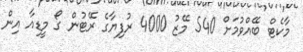
މާކެޓް ބޭއްވުމަށް 540 މޭޒު 4000 ރުފިޔާގެ ރޭޓުން ގޯ މީޑިއާ އިން